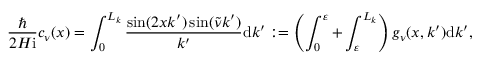
\frac { \hbar } { 2 H \mathrm { i } } c _ { \nu } ( x ) = \int _ { 0 } ^ { L _ { k } } \frac { \sin ( 2 x k ^ { \prime } ) \sin ( \tilde { \nu } k ^ { \prime } ) } { k ^ { \prime } } \mathrm { d } k ^ { \prime } : = \left( \int _ { 0 } ^ { \varepsilon } + \int _ { \varepsilon } ^ { L _ { k } } \right) g _ { \nu } ( x , k ^ { \prime } ) \mathrm { d } k ^ { \prime } ,